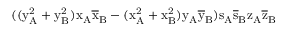
( ( \mathrm { y _ { A } ^ { 2 } + \mathrm { y _ { B } ^ { 2 } ) \mathrm { x _ { A } \mathrm { \overline { { x } } _ { B } - ( \mathrm { x _ { A } ^ { 2 } + \mathrm { x _ { B } ^ { 2 } ) \mathrm { y _ { A } \mathrm { \overline { { y } } _ { B } ) \mathrm { s _ { A } \mathrm { \overline { { s } } _ { B } \mathrm { z _ { A } \mathrm { \overline { { z } } _ { B } } } } } } } } } } } } }